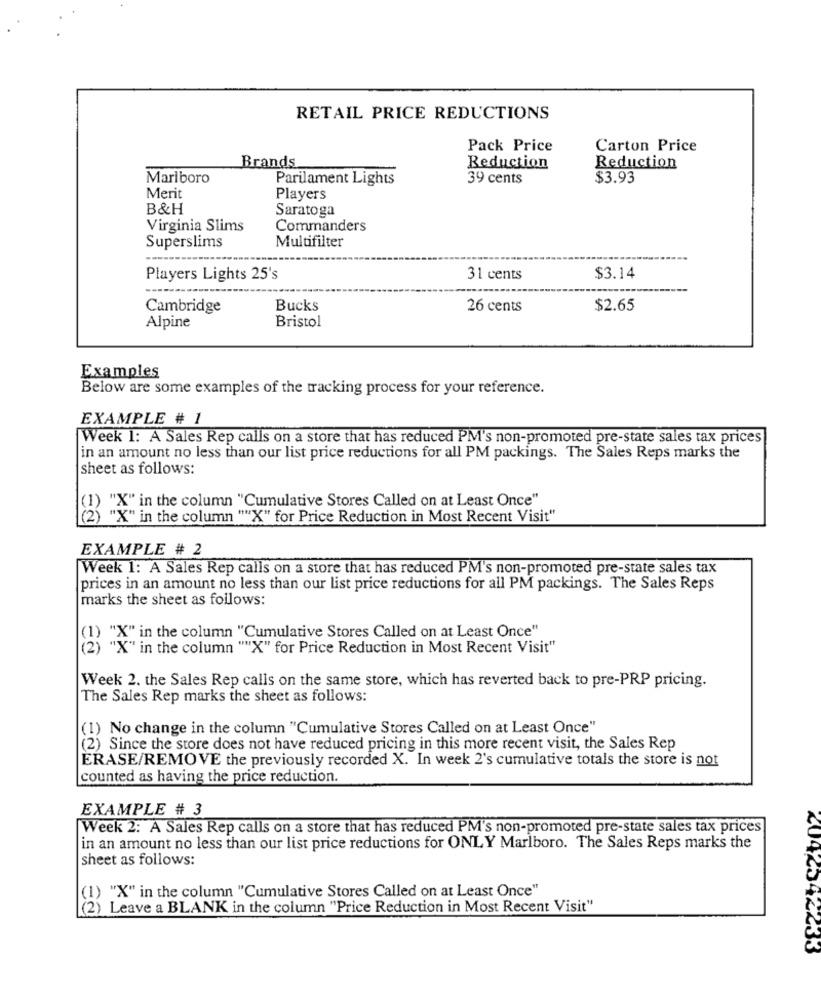
RETAIL PRICE REDUCTIONS
Pack Price
Carton Price
Brands
Reduction
Reduction
Marlboro
Parilament Lights
39 cents
$3.93
Merit
Players
B&H
Saratoga
Virginia Slims
Commanders
Superslims
Multifilter
--
Players Lights 25's
31 cents
$3.14
Cambridge
Bucks
26 cents
$2.65
Alpine
Bristol
Examples
Below are some examples of the tracking process for your reference.
EXAMPLE # 1
Week 1: A Sales Rep calls on a store that has reduced PM's non-promoted pre-state sales tax prices
in an amount no less than our list price reductions for all PM packings. The Sales Reps marks the
sheet as follows:
(1) "X" in the column "Cumulative Stores Called on at Least Once"
(2) "X" in the column ""X" for Price Reduction in Most Recent Visit"
EXAMPLE # 2
Week 1: A Sales Rep calls on a store that has reduced PM's non-promoted pre-state sales tax
prices in an amount no less than our list price reductions for all PM packings. The Sales Reps
marks the sheet as follows:
(1) "X" in the column "Cumulative Stores Called on at Least Once"
( 2)
"X" in the column ""X" for Price Reduction in Most Recent Visit"
Week 2. the Sales Rep calls on the same store, which has reverted back to pre-PRP pricing.
The Sales Rep marks the sheet as follows:
(1) No change in the column "Cumulative Stores Called on at Least Once"
(2) Since the store does not have reduced pricing in this more recent visit, the Sales Rep
ERASE/REMOVE the previously recorded X. In week 2's cumulative totals the store is not
counted as having the price reduction.
EXAMPLE # 3
Week 2: A Sales Rep calls on a store that has reduced PM's non-promoted pre-state sales tax prices
in an amount no less than our list price reductions for ONLY Marlboro. The Sales Reps marks the
sheet as follows:
(1) "X" in the column "Cumulative Stores Called on at Least Once"
(2) Leave a BLANK in the column "Price Reduction in Most Recent Visit"
2042342433